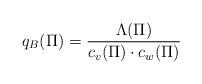
LaTeX: \begin{align*}q_B (\Pi) = \frac{\Lambda(\Pi)}{c_v (\Pi) \cdot c_w (\Pi)}\end{align*}